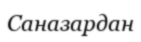
Саназардан